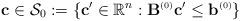
LaTeX: \begin{align*} \mathbf{c} \in \mathcal{S}_0 := \{\mathbf{c}' \in \mathbb{R}^{n}: \mathbf{B}^{\mbox{\tiny \upshape (0)}}\mathbf{c}' \leq \mathbf{b}^{\mbox{\tiny \upshape (0)}}\}\end{align*}